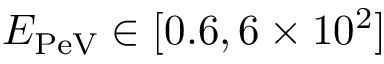
E _ { \mathrm { P e V } } \in [ 0 . 6 , 6 \times 1 0 ^ { 2 } ]